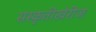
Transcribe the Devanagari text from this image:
संस्कृतीखेरीज